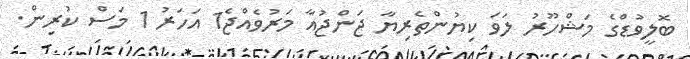
ބޮލީވުޑްގެ މަޝްހޫރު ލަވަ ކިޔުންތެރިޔާ ޖަންޖުއާ މަރުވެއްޖެ1 އަހަރު 1 މަސް ކުރިން.